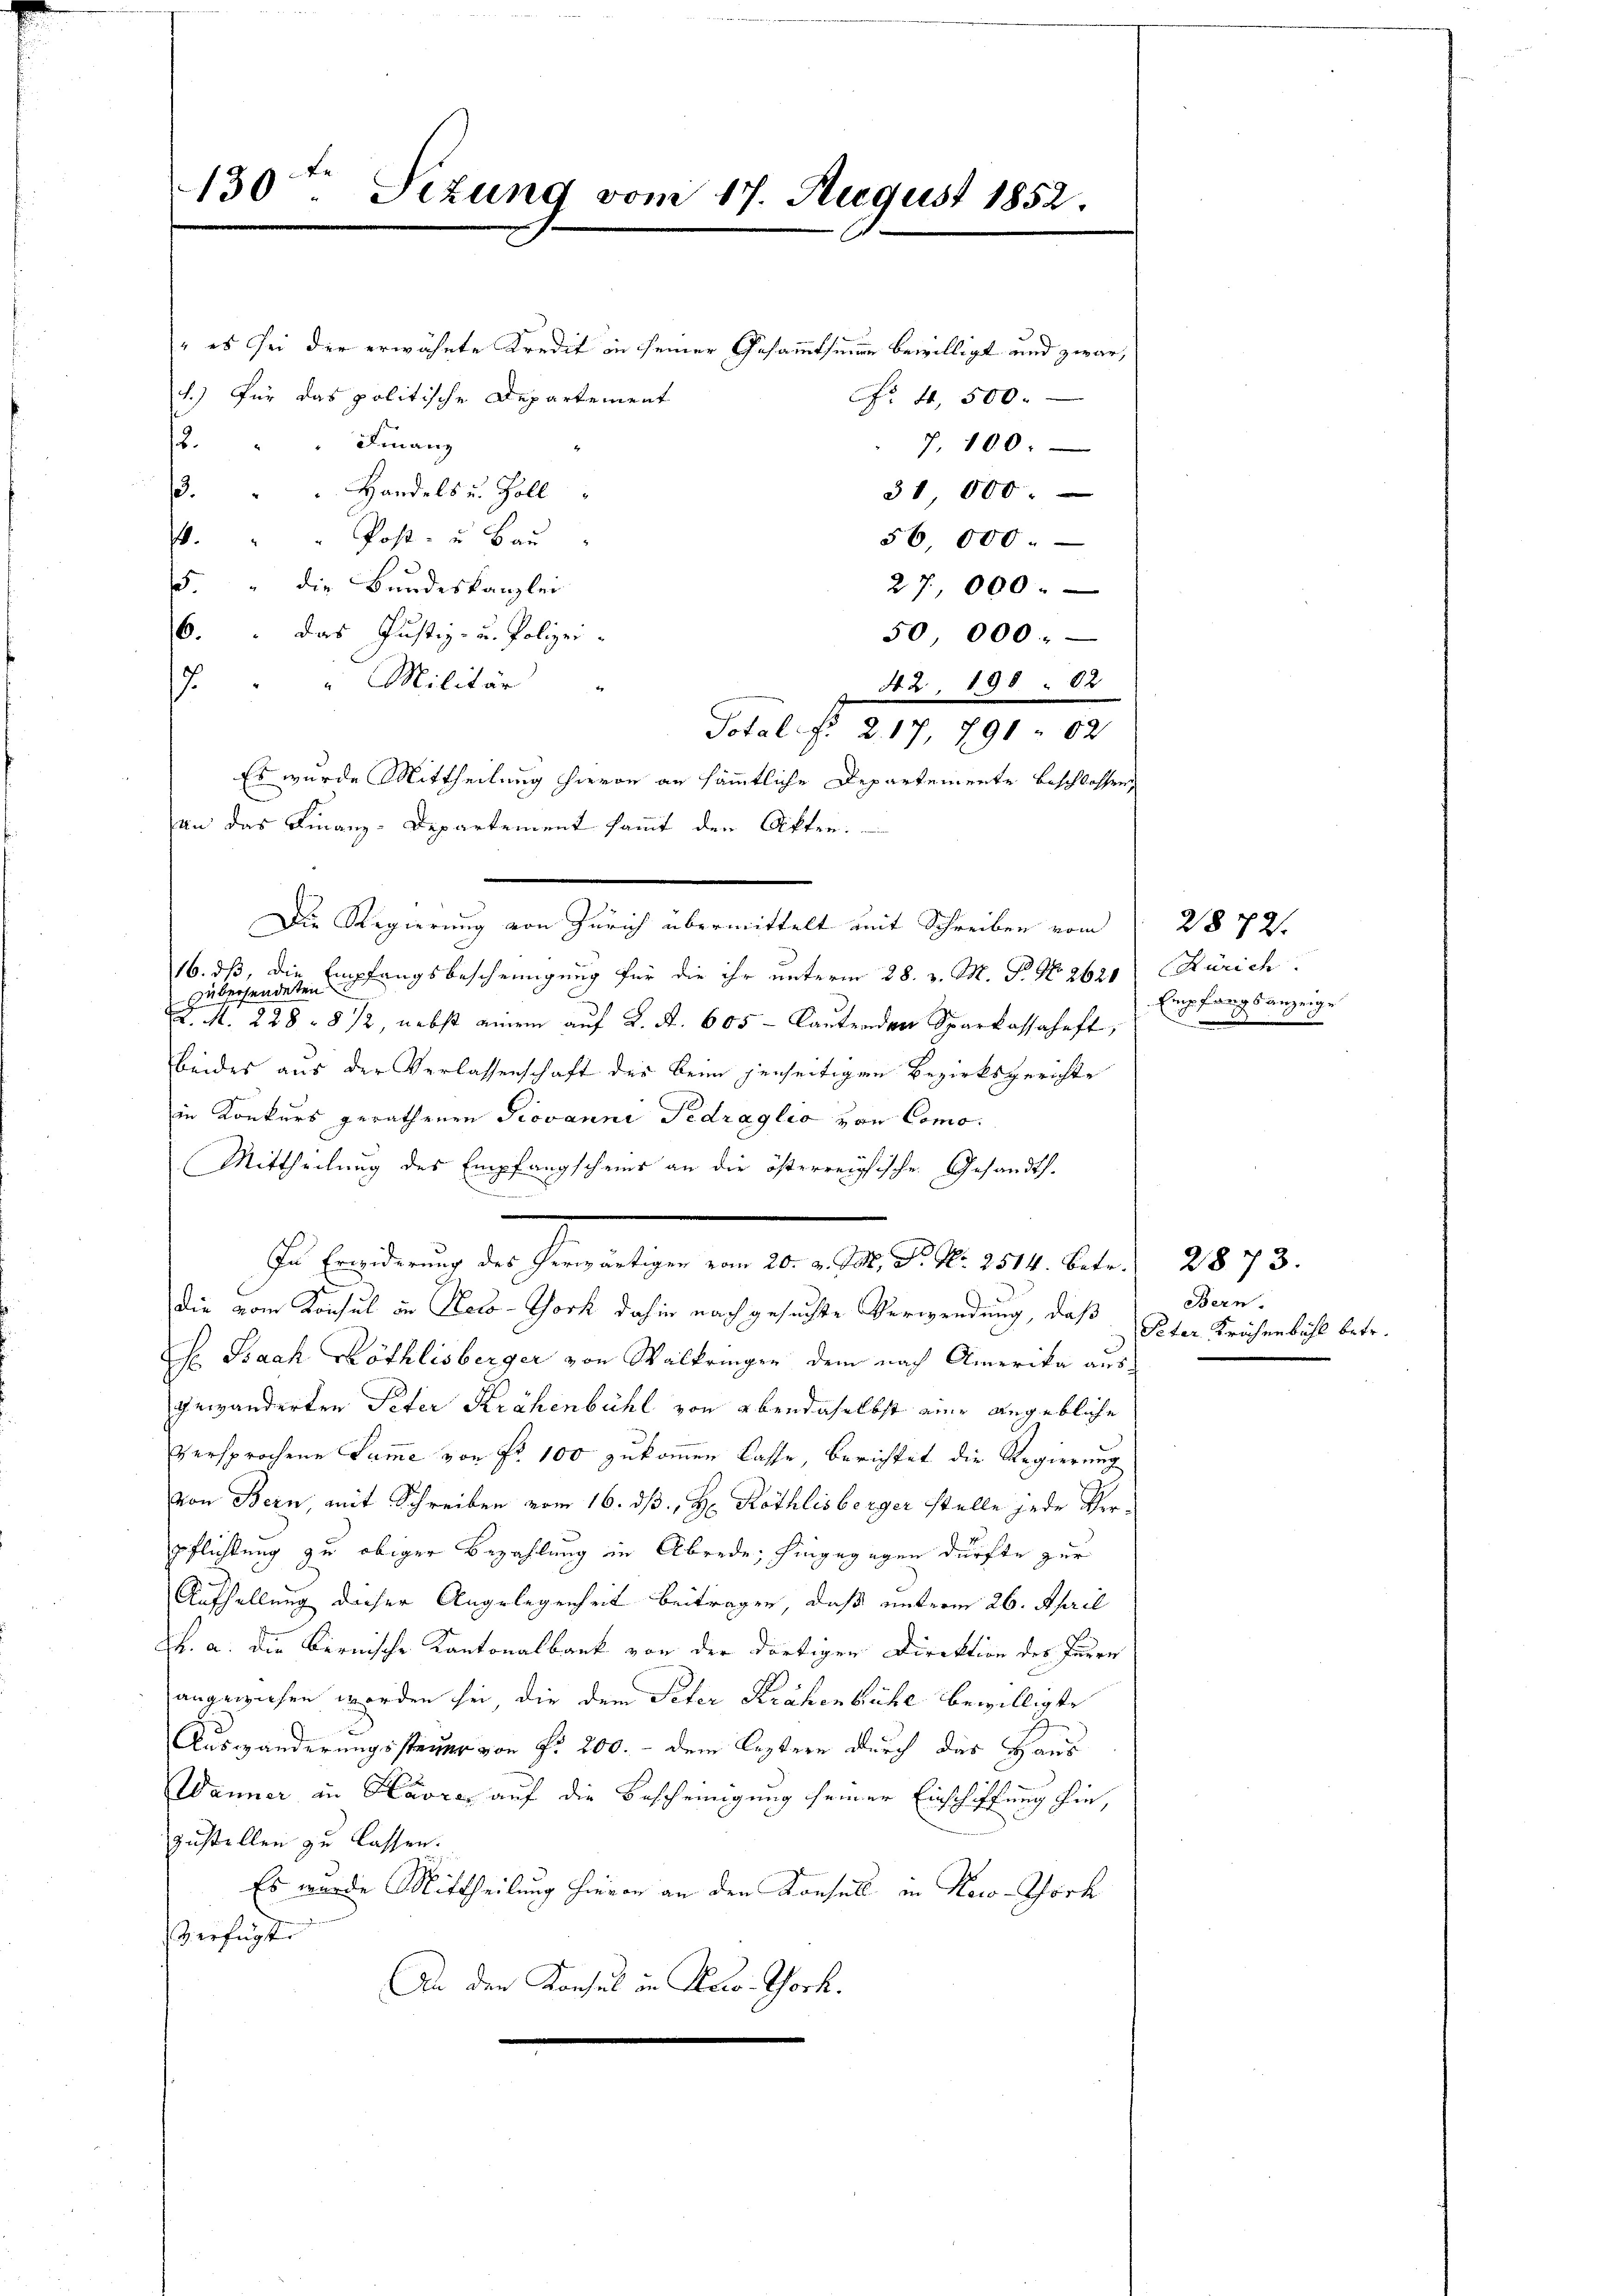
130ten Sizung vom 17. August 1852.

" es sei der erwähnte Kredit in seiner Gesammtsinne bewilligt und zwar,
.) Für das politische Departement
Nr. 4, 500.
. " " Finanz
7, 100.
3.  "  Handels u. Zoll
31,000.
. " " Post- u. Baŭ
56,000
5. " die Bundeskanzlei
27,000.
6. das Justiz- u. Polizei-
50 000.
J. " " Militär "
 Nr. 2, 19082
Total f. 217, 791. 62
Es wurde Mittheilung hievon an sämmtliche Departemente beschlossen
An das Finanz-Departement sammt den Akten.
Die Regierung von Zürich übermittelt mit Schreiben vom
16. ds, die
zübersendet empfangsbescheinigung für die ihr unterm 28. v. M. P. No 2620 Zürich
J. M. 228 - 8 1/2 nebst einem auf K. A. 605 - lautenden Sparkassaheft,
beides aus der Verlassenschaft der beim jenseitigen Bezirksgerichte
in Konkurs gerathenen Piovanni Pedraglio von Como¬
Mittheilung des Empfangscheins an die österreichische Gesandth.
J. bestens der heranlage von d. h. d. 219. Aber 1873.
s
die vom Konsul in Reco-York dahin nach gesuchte Verwendung, daß
G. Saah Röthlisberger von Walkringen dem nach Amerika ausgewänderten Peter Krähenbühl von abendaselbst eine angebliche
versprochene Summe von Fr. 100 zukommen lasse, berichtet die Regierung
von Bern, mit Schreiben vom 16. dß. H. Röthlisberger stelle jede Verpflichtung zu obiger Bezahlung in Abrede, hingegegen dürfte zur
Aufhellung dieser Angelegenheit beitragen, daß unterm 26. April
B. a. die Bernische Kantonalbank von der dortigen Direktion der Furren
angewiesen worden sei, die dem Peter Krähenbühl bewilligte
Auswänderungssteuer von fr 200. - dem leztern durch das Haus
Wanner in Havre auf die Bescheinigung seiner Einschiffung hin,
zustellen zu lassen.
Es wurde Mittheilung hievon an den Konsuls in Newo-Phörk
Verfügter
An der Konsul in Her-Tock.

2872.
Empfangsanzeige

Bern.
Peter Krähenbühl betr.